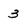
Character: 3